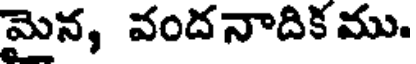
మైన, వందనాదిక ము.